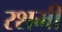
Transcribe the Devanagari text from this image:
रशमी